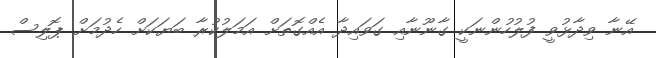
އޭނާ ވިދާޅުވީ ފުލުހުންނަކީ ގާނޫނާއި ގަވައިދާ އެއްގޮތަށް އަމަލުކުރާ ބަޔަކަށް ހެދުމަށް ޕޮލިސް